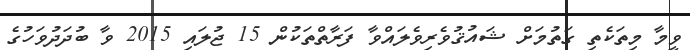
ވީމާ މިތަކެތި ގަތުމަށް ޝައުޤުވެރިވެލައްވާ ފަރާތްތަކުން 15 ޖުލައި 2015 ވާ ބުދަދުވަހުގެ